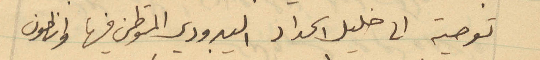
توصية الى خليل الحداد اليبرودي المستوطن فيها وانطون